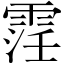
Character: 䨙